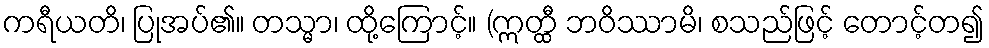
ကရီယတိ၊ ပြုအပ်၏။ တသ္မာ၊ ထို့ကြောင့်။ (ဣတ္ထီ ဘဝိဿာမိ၊ စသည်ဖြင့် တောင့်တ၍